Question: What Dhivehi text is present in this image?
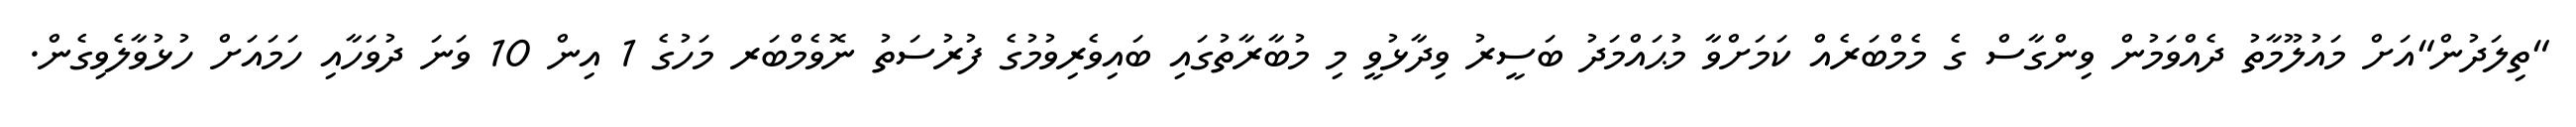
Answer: "ތިލަދުން"އަށް މައުލޫމާތު ދެއްވަމުން ވިންގާސް ގެ މެމްބަރެއް ކަމަށްވާ މުޙައްމަދު ބަސީރު ވިދާޅުވީ މި މުބާރާތުގައި ބައިވެރިވުމުގެ ފުރުސަތު ނޮވެމްބަރ މަހުގެ 1 އިން 10 ވަނަ ދުވަހާއި ހަމައަށް ހުޅުވާލެވިގެން.